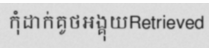
កុំដាក់គូថអង្គុយRetrieved